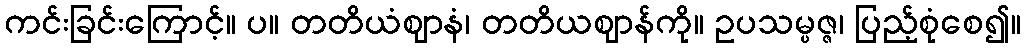
ကင်းခြင်းကြောင့်။ ပ။ တတိယံဈာနံ၊ တတိယဈာန်ကို။ ဥပသမ္ပဇ္ဇ၊ ပြည့်စုံစေ၍။